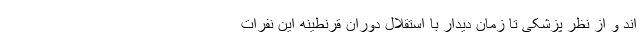
اند و از نظر پزشکی تا زمان دیدار با استقلال دوران قرنطینه این نفرات